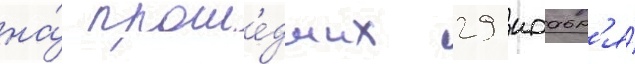
на́ проше́дших 29 ноабр'я́